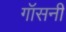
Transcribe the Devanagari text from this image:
गॉसनी